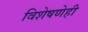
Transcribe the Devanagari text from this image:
विशेषणेही